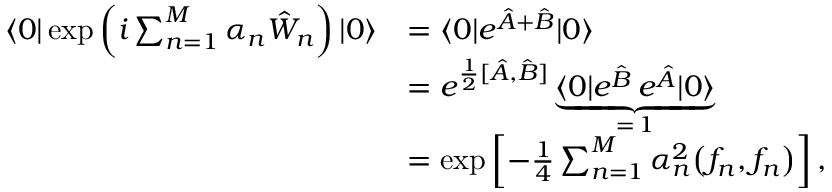
\begin{array} { r l } { \langle 0 | \exp \left( i \sum _ { n = 1 } ^ { M } \alpha _ { n } \hat { W } _ { n } \right) | 0 \rangle } & { = \langle 0 | e ^ { \hat { A } + \hat { B } } | 0 \rangle } \\ & { = e ^ { \frac { 1 } { 2 } [ \hat { A } , \hat { B } ] } \underbrace { \langle 0 | e ^ { \hat { B } } \, e ^ { \hat { A } } | 0 \rangle } _ { = \, 1 } } \\ & { = \exp \left[ - \frac { 1 } { 4 } \sum _ { n = 1 } ^ { M } \alpha _ { n } ^ { 2 } \bigl ( f _ { n } , f _ { n } \bigr ) \right] , } \end{array}